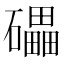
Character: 礧